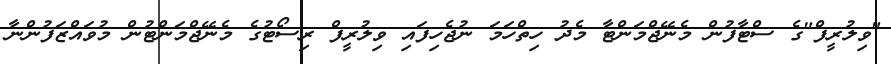
"ވިލުރީފް"ގެ ސްޓާފުން މެނޭޖްމަންޓާ މެދު ހިތްހަމަ ނުޖެހިފައި ވިލުރީފް ރިސޯޓުގެ މެނޭޖްމަންޓުން މުވައްޒަފުންނާ